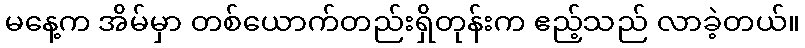
မနေ့က အိမ်မှာ တစ်ယောက်တည်းရှိတုန်းက ဧည့်သည် လာခဲ့တယ်။